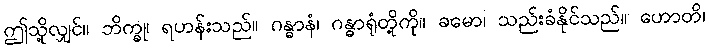
ဤသို့လျှင်။ ဘိက္ခု၊ ရဟန်းသည်။ ဂန္ဓာနံ၊ ဂန္ဓာရုံတို့ကို။ ခမော၊ သည်းခံနိုင်သည်။ ဟောတိ၊